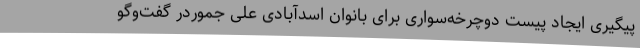
پیگیری ایجاد پیست دوچرخه‌سواری برای بانوان اسدآبادی علی جموردر گفت‌وگو